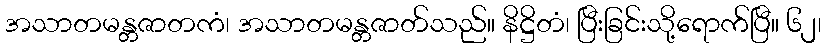
အသာတမန္တဇာတကံ၊ အသာတမန္တဇာတ်သည်။ နိဋ္ဌိတံ၊ ပြီးခြင်းသို့ရောက်ပြီ။ ၆၂၊